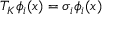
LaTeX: T _ { K } \phi _ { i } ( x ) = \sigma _ { i } \phi _ { i } ( x )